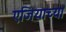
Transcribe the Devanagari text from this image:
एजियाच्या